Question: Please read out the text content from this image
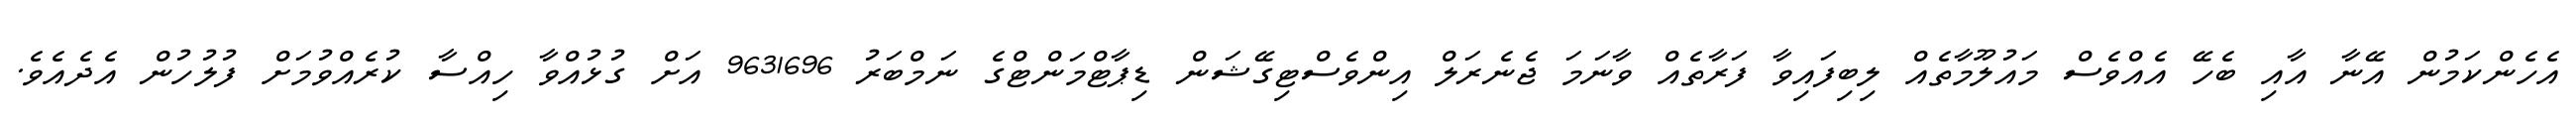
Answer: އެހެންކަމުން އޭނާ އާއި ބެހޭ އެއްވެސް މައުލޫމާތެއް ލިބިފައިވާ ފަރާތެއް ވާނަމަ ޖެނެރަލް އިންވެސްޓިގޭޝަން ޑިޕާޓްމަންޓްގެ ނަމްބަރު 9631696 އަށް ގުޅުއްވާ ހިއްސާ ކުރެއްވުމަށް ފުލުހުން އެދެއެވެ.